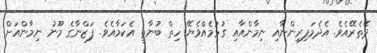
ދޭތެރޭއެވެ. އެދެމަފިރިންނާއި ނިމާންއާއި ގުޅުމެއްވެޔޭ ހިތް ބުނާތީ އެކަމާއެވެ. ފަޒްނާގެ މޫނު ނިމާންއަށް